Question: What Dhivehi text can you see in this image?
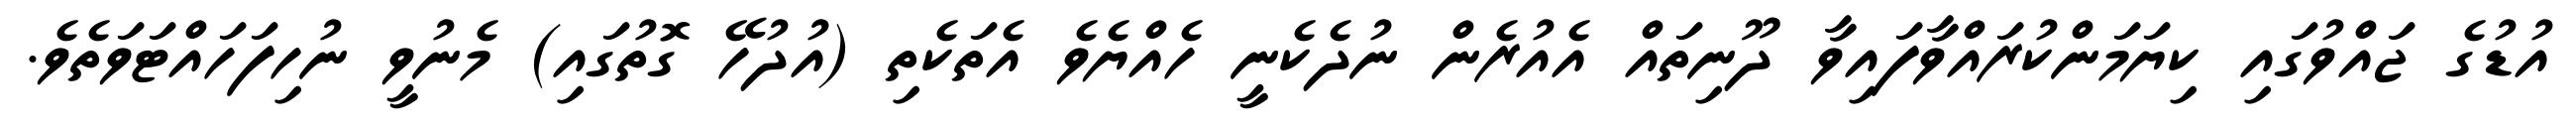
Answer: އުޑުގެ ޖައްވުގައި ކިޔަމަންކުރައްވާފައިވާ ދޫނިތައް އެއުރެން ނުދެކެނީ ހެއްޔެވެ އެތަކެތި (އުދުހޭ ގޮތުގައި) މެނުވީ ނުހިފަހައްޓަވަތެވެ.